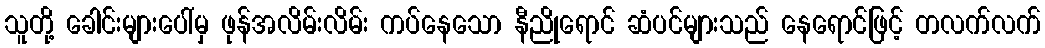
သူတို့ ခေါင်းများပေါ်မှ ဖုန်အလိမ်းလိမ်း ကပ်နေသော နီညိုရောင် ဆံပင်များသည် နေရောင်ဖြင့် တလက်လက်